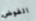
الفوضى